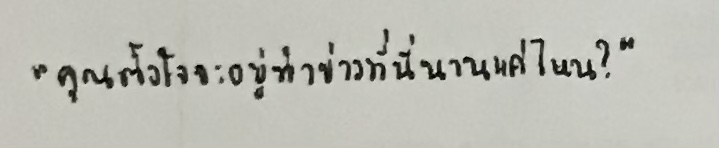
"คุณตั้งใจจะอยู่ทำข่าวที่นี่นานแค่ไหน?"